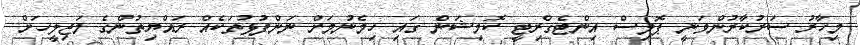
މިހާރު ސަރުކާރުންވަނީ ޕޮލިސް އިންޓެގްރިޓީ ކޮމިޝަން ގައި ހިމެނުމަށް ނަންފުޅުތަކެއް ރައްޔިތުންގެ މަޖިލީހަށް